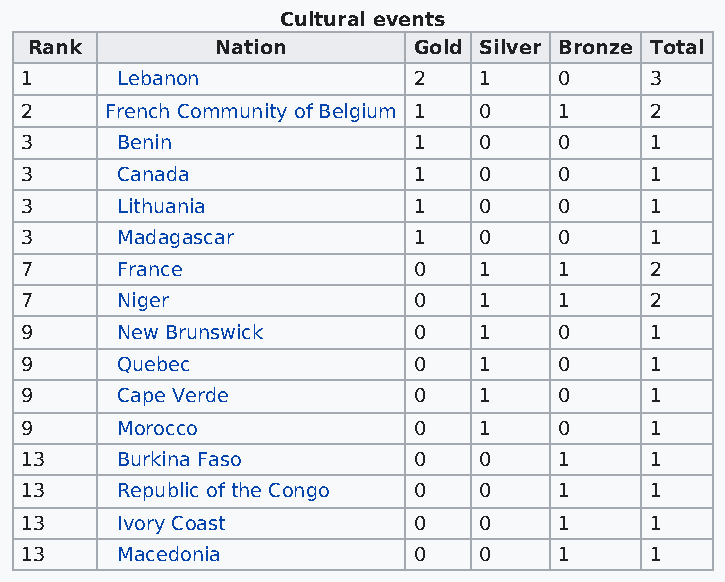
Cultural events
 Rank        Nation       Gold Silver Bronze Total
 1      Lebanon            2    1    0     3
 2     French Community of Belgium 1 0 1   2
 3      Benin              1    0    0     1
 3      Canada             1    0    0     1
 3      Lithuania          1    0    0     1
 3      Madagascar         1    0    0     1
 7      France             0    1    1     2
 7      Niger              0    1    1     2
 9      New Brunswick      0    1    0     1
 9      Quebec             0    1    0     1
 9      Cape Verde         0    1    0     1
 9      Morocco            0    1    0     1
 13     Burkina Faso       0    0    1     1
 13     Republic of the Congo 0 0    1     1
 13     Ivory Coast        0    0    1     1
 13     Macedonia          0    0    1     1